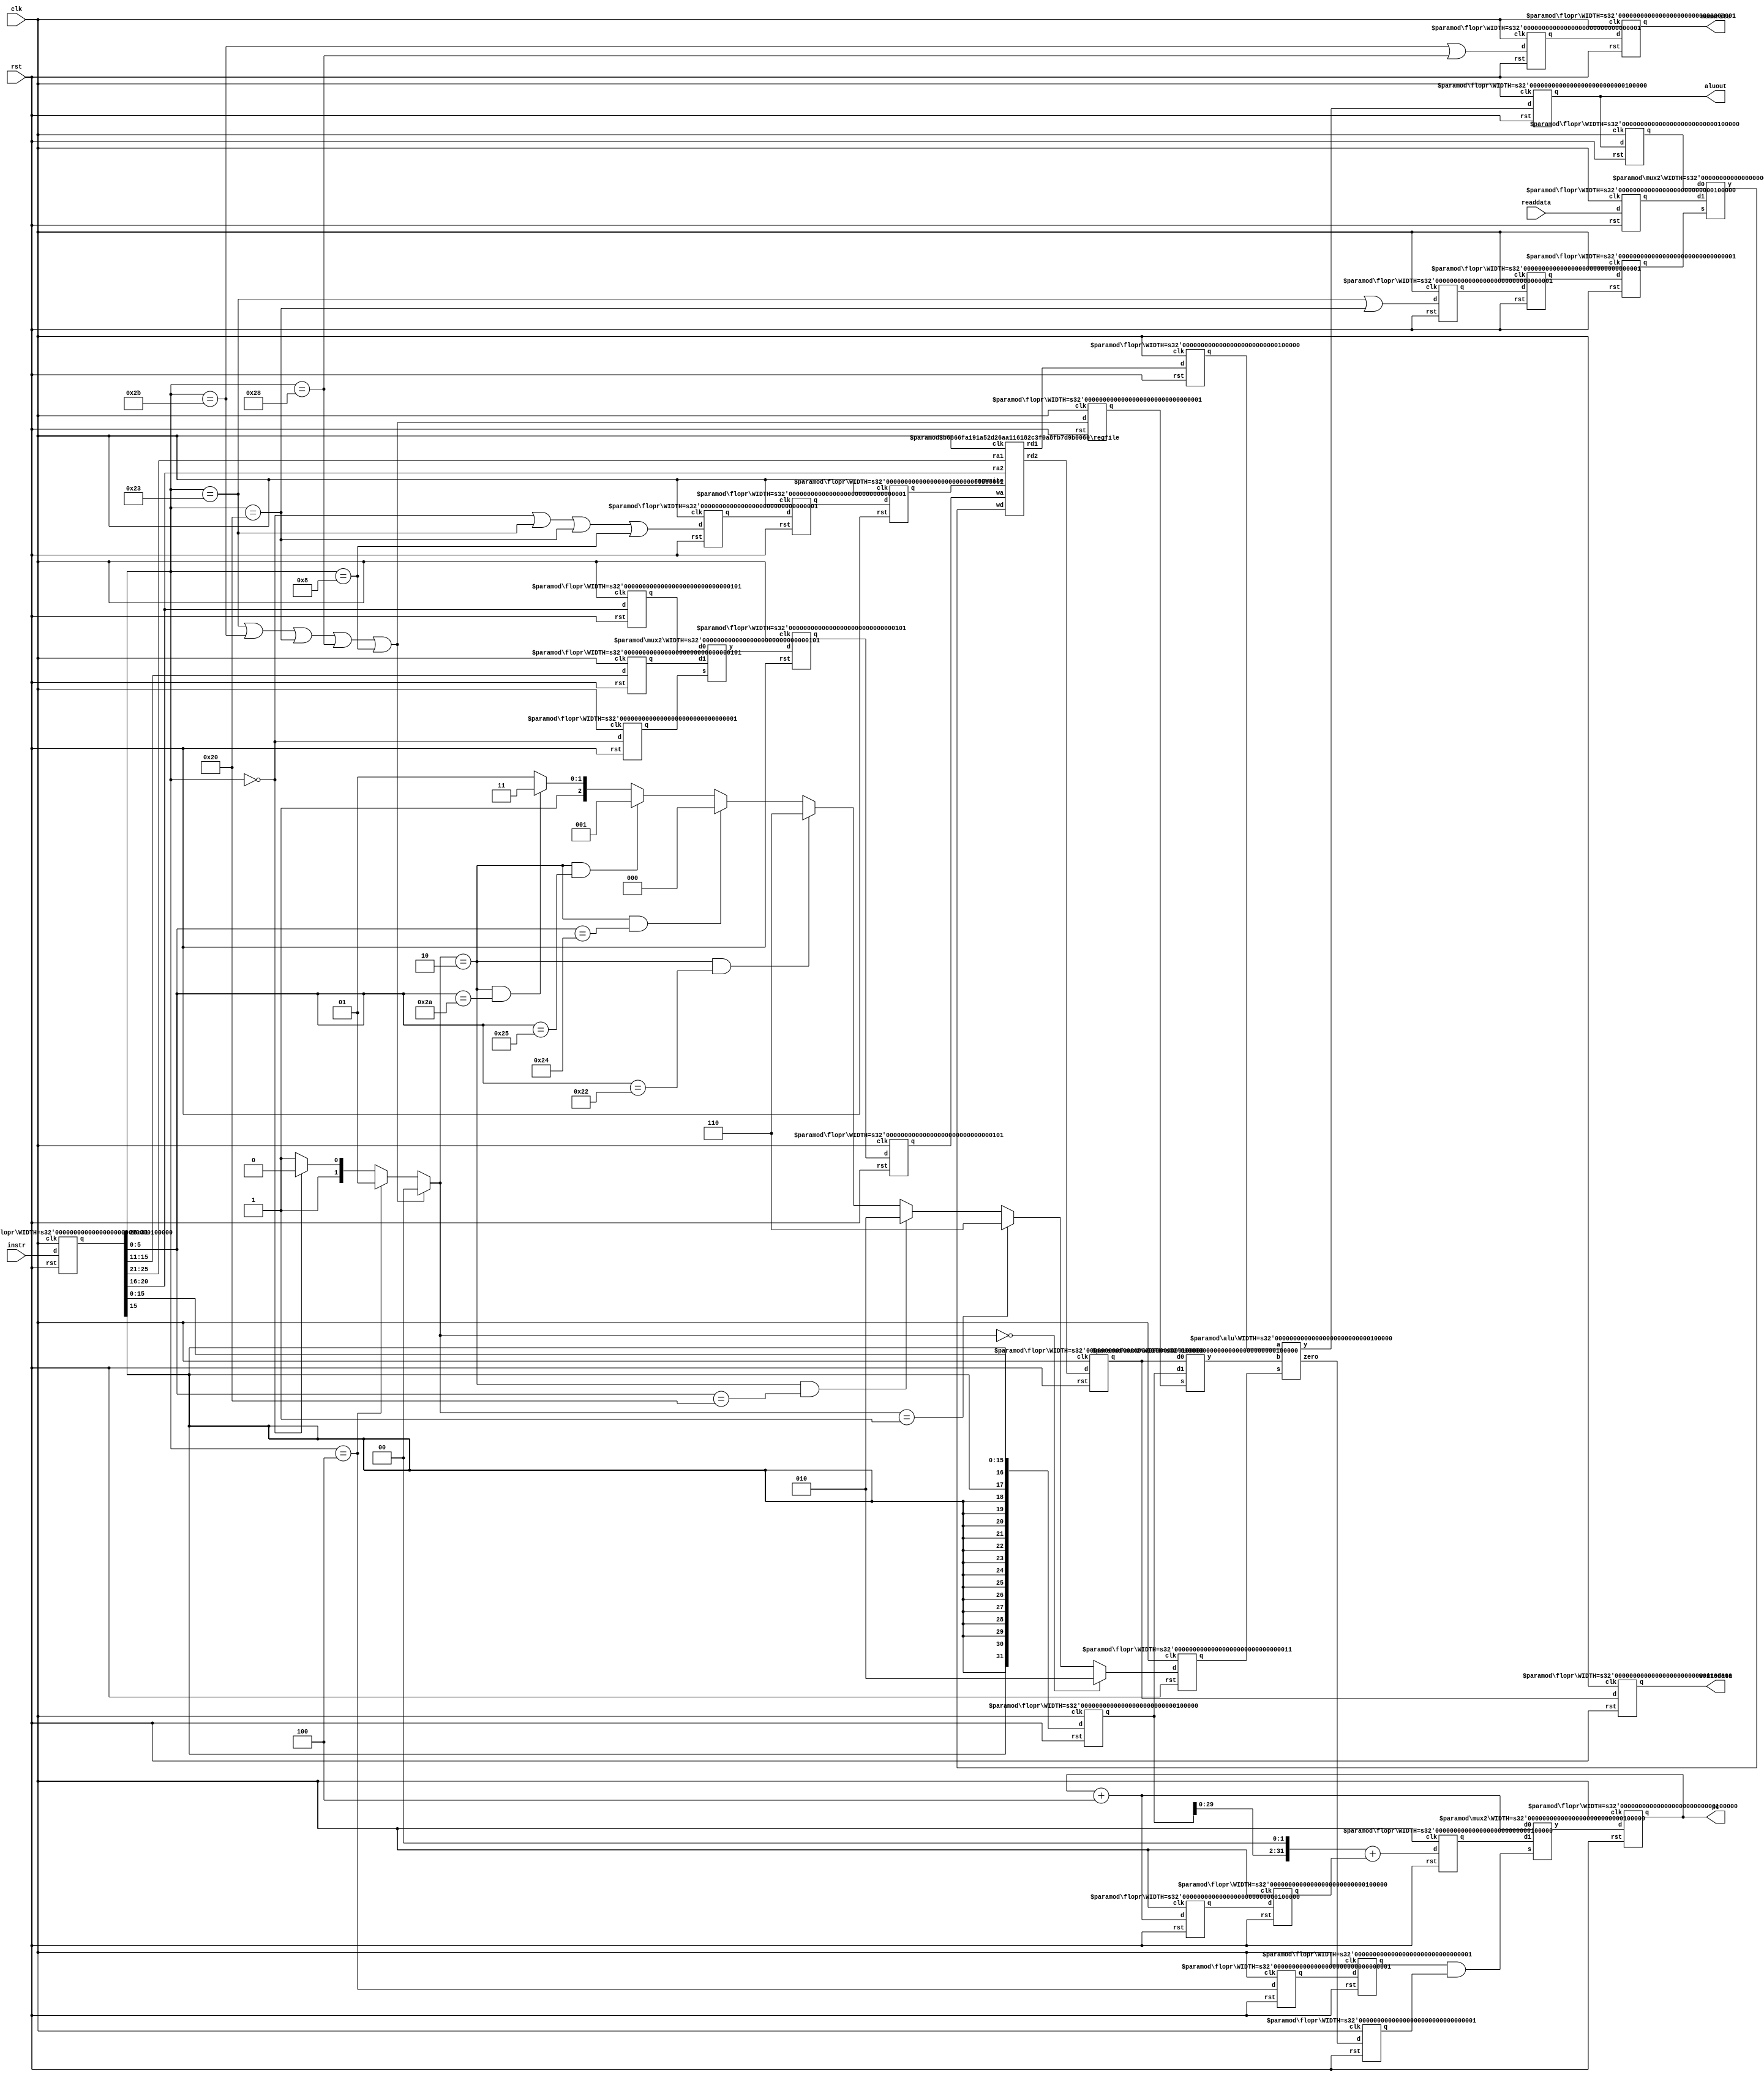

/* mips-nohazard.v */

`define ALU_ADD     3'b010
`define ALU_SUB     3'b110
`define ALU_AND     3'b000
`define ALU_OR      3'b001
`define ALU_SLT     3'b111
`define ALU_NOP     3'b101

module mips #(parameter WIDTH = 32, REGBITS = 5)
            (input              clk,
             input              rst,
             output [WIDTH-1:0] pc,
             input  [WIDTH-1:0] instr,
             output [WIDTH-1:0] aluout,
             output [WIDTH-1:0] writedata,
             output             memwrite,
             input  [WIDTH-1:0] readdata);
    
    localparam OPCODEW   = 6;
    localparam SHAMTW    = 5;
    localparam FUNCTW    = 6;
    localparam IMMW      = 16;

    localparam OP_RTYPE  = 6'b000000;
    localparam OP_LB     = 6'b100000;
    localparam OP_SB     = 6'b101000;
    localparam OP_LW     = 6'b100011;
    localparam OP_SW     = 6'b101011;
    localparam OP_BEQ    = 6'b000100;
    localparam OP_ADDI   = 6'b001000;
    localparam OP_J      = 6'b000010;

    localparam FUNCT_ADD = 6'b100000;
    localparam FUNCT_SUB = 6'b100010;
    localparam FUNCT_AND = 6'b100100;
    localparam FUNCT_OR  = 6'b100101;
    localparam FUNCT_SLT = 6'b101010;

    /*
     * F stage: Instruction Fetch stage
     * D stage: Instruction Decode stage
     * E stage: Execution stage
     * M stage: Memory stage
     * W stage: Write back stage
     */

    /*
     * F stage: Instruction fetch stage
     */
    wire [WIDTH-1:0] pcbranch_m;
    wire             pcsrc_m;

    wire [WIDTH-1:0] pcplus4_f;
    wire [WIDTH-1:0] pcnext;

    wire [WIDTH-1:0] instr_d;
    wire [WIDTH-1:0] pcplus4_d;
    
    assign pcplus4_f = pc + 4;

    mux2  #(WIDTH) pc_mux(pcplus4_f, pcbranch_m, pcsrc_m, pcnext);
    flopr #(WIDTH) pc_flop(clk, rst, pcnext, pc);

    /* Transfer to D stage */
    flopr #(WIDTH) instr_d_flop(clk, rst, instr, instr_d);
    flopr #(WIDTH) pcplus4_d_flop(clk, rst, pcplus4_f, pcplus4_d);

    /*
     * D stage: Instruction Decode stage
     */
    wire [OPCODEW-1:0] opcode_d;
    wire [REGBITS-1:0] rs_d;
    wire [REGBITS-1:0] rt_d;
    wire [REGBITS-1:0] rd_d;
    wire [SHAMTW-1:0]  shamt_d;
    wire [FUNCTW-1:0]  funct_d;
    wire [IMMW-1:0]    imm_d;
    wire [WIDTH-1:0]   signimm_d;
    
    /* Decompose instruction */
    assign { opcode_d, rs_d, rt_d, rd_d, shamt_d, funct_d } = instr_d;
    assign imm_d = instr_d[IMMW-1:0];
    assign signimm_d = {{(WIDTH-IMMW){imm_d[IMMW-1]}}, imm_d};
    
    /* Register file output */
    wire               regwrite_w;
    wire [REGBITS-1:0] writereg_w;
    wire [WIDTH-1:0]   result_w;

    wire [WIDTH-1:0]   rd1_d;
    wire [WIDTH-1:0]   rd2_d;
    
    regfile #(WIDTH, REGBITS) rfile(clk, regwrite_w, rs_d, rt_d,
                                    writereg_w, result_w,
                                    rd1_d, rd2_d);
    
    /* Transfer to E stage */
    wire [WIDTH-1:0]   rd1_e;
    wire [WIDTH-1:0]   rd2_e;
    wire [REGBITS-1:0] rt_e;
    wire [REGBITS-1:0] rd_e;
    wire [WIDTH-1:0]   signimm_e;
    wire [WIDTH-1:0]   pcplus4_e;

    flopr #(WIDTH)   rd1_e_flop(clk, rst, rd1_d, rd1_e);
    flopr #(WIDTH)   rd2_e_flop(clk, rst, rd2_d, rd2_e);
    flopr #(REGBITS) rt_e_flop(clk, rst, rt_d, rt_e);
    flopr #(REGBITS) rd_e_flop(clk, rst, rd_d, rd_e);
    flopr #(WIDTH)   signimm_e_flop(clk, rst, signimm_d, signimm_e);

    flopr #(WIDTH)   pcplus4_e_flop(clk, rst, pcplus4_d, pcplus4_e);

    /* Controller output */
    assign op_rtype_d = (opcode_d == OP_RTYPE);
    assign op_lb_d    = (opcode_d == OP_LB);
    assign op_sb_d    = (opcode_d == OP_SB);
    assign op_lw_d    = (opcode_d == OP_LW);
    assign op_sw_d    = (opcode_d == OP_SW);
    assign op_beq_d   = (opcode_d == OP_BEQ);
    assign op_addi_d  = (opcode_d == OP_ADDI);
    assign op_j_d     = (opcode_d == OP_J);

    assign funct_add_d = (funct_d == FUNCT_ADD);
    assign funct_sub_d = (funct_d == FUNCT_SUB);
    assign funct_and_d = (funct_d == FUNCT_AND);
    assign funct_or_d  = (funct_d == FUNCT_OR);
    assign funct_slt_d = (funct_d == FUNCT_SLT);

    wire [1:0] aluop_d;
    wire [2:0] alucontrol_d;

    assign regwrite_d   = op_rtype_d | op_lw_d | op_lb_d | op_addi_d;
    assign memtoreg_d   = op_lw_d | op_lb_d;
    assign memwrite_d   = op_sw_d | op_sb_d;
    assign branch_d     = op_beq_d;
    assign alusrc_d     = op_lw_d | op_sw_d | op_lb_d | op_sb_d | op_addi_d;
    assign regdst_d     = op_rtype_d;

    assign aluop_d      = (op_lw_d | op_sw_d | op_lb_d | op_sb_d | op_addi_d) ? 2'b00 :
                          (op_beq_d) ? 2'b01 :
                          (op_rtype_d) ? 2'b10 : 2'b11;
    assign alucontrol_d = (aluop_d == 2'b00) ? `ALU_ADD :
                          (aluop_d == 2'b01) ? `ALU_SUB :
                          (aluop_d == 2'b10 && funct_add_d) ? `ALU_ADD :
                          (aluop_d == 2'b10 && funct_sub_d) ? `ALU_SUB :
                          (aluop_d == 2'b10 && funct_and_d) ? `ALU_AND :
                          (aluop_d == 2'b10 && funct_or_d)  ? `ALU_OR  :
                          (aluop_d == 2'b10 && funct_slt_d) ? `ALU_SLT : `ALU_NOP;
    
    /* Transfer to E stage */
    wire       regwrite_e;
    wire       memtoreg_e;
    wire       memwrite_e;
    wire       branch_e;
    wire       alusrc_e;
    wire       regdst_e;
    wire [2:0] alucontrol_e;

    flopr #(1) regwrite_e_flop(clk, rst, regwrite_d, regwrite_e);
    flopr #(1) memtoreg_e_flop(clk, rst, memtoreg_d, memtoreg_e);
    flopr #(1) memwrite_e_flop(clk, rst, memwrite_d, memwrite_e);
    flopr #(1) branch_e_flop(clk, rst, branch_d, branch_e);
    flopr #(1) alusrc_e_flop(clk, rst, alusrc_d, alusrc_e);
    flopr #(1) regdst_e_flop(clk, rst, regdst_d, regdst_e);
    flopr #(3) alucontrol_e_flop(clk, rst, alucontrol_d, alucontrol_e);

    /*
     * E stage: Execution stage
     */
    wire [WIDTH-1:0]   srca_e;
    wire [WIDTH-1:0]   srcb_e;
    wire [REGBITS-1:0] writereg_e;
    wire [WIDTH-1:0]   pcbranch_e;
    wire [WIDTH-1:0]   aluout_e;
    wire               zero_e;
    wire [WIDTH-1:0]   writedata_e;

    assign srca_e      = rd1_e;
    assign pcbranch_e  = {signimm_e[WIDTH-3:0],2'b00} + pcplus4_e;
    assign writedata_e = rd2_e;

    mux2 #(WIDTH)   srcb_e_mux(rd2_e, signimm_e, alusrc_e, srcb_e);
    mux2 #(REGBITS) writereg_e_mux(rt_e, rd_e, regdst_e, writereg_e);
    alu  #(WIDTH)   alu0(srca_e, srcb_e, alucontrol_e, aluout_e, zero_e);

    /* Transfer to M stage */
    wire               regwrite_m;
    wire               memtoreg_m;
    wire               memwrite_m;
    wire               branch_m;
    wire               zero_m;
    wire [WIDTH-1:0]   aluout_m;
    wire [WIDTH-1:0]   writedata_m;
    wire [REGBITS-1:0] writereg_m;
    
    flopr #(1)       regwrite_m_flop(clk, rst, regwrite_e, regwrite_m);
    flopr #(1)       memtoreg_m_flop(clk, rst, memtoreg_e, memtoreg_m);
    flopr #(1)       memwrite_m_flop(clk, rst, memwrite_e, memwrite_m);
    flopr #(1)       branch_m_flop(clk, rst, branch_e, branch_m);
    flopr #(1)       zero_m_flop(clk, rst, zero_e, zero_m);
    flopr #(WIDTH)   aluout_m_flop(clk, rst, aluout_e, aluout_m);
    flopr #(WIDTH)   writedata_m_flop(clk, rst, writedata_e, writedata_m);
    flopr #(REGBITS) writereg_m_flop(clk, rst, writereg_e, writereg_m);
    flopr #(WIDTH)   pcbranch_m_flop(clk, rst, pcbranch_e, pcbranch_m);

    /*
     * M stage: Memory stage
     */
    assign pcsrc_m = branch_m & zero_m;

    /* Data memory */
    wire [WIDTH-1:0] readdata_m;

    assign aluout     = aluout_m;
    assign writedata  = writedata_m;
    assign memwrite   = memwrite_m;
    assign readdata_m = readdata;

    /* Transfer to W stage */
    wire             memtoreg_w;
    wire [WIDTH-1:0] aluout_w;
    wire [WIDTH-1:0] readdata_w;

    flopr #(1)       regwrite_w_flop(clk, rst, regwrite_m, regwrite_w);
    flopr #(1)       memtoreg_w_flop(clk, rst, memtoreg_m, memtoreg_w);
    flopr #(WIDTH)   aluout_w_flop(clk, rst, aluout_m, aluout_w);
    flopr #(WIDTH)   readdata_w_flop(clk, rst, readdata_m, readdata_w);
    flopr #(REGBITS) writereg_w_flop(clk, rst, writereg_m, writereg_w);

    /*
     * W stage: Write back stage
     */
    mux2 #(WIDTH) result_w_mux(aluout_w, readdata_w, memtoreg_w, result_w);

endmodule

module imem #(parameter WIDTH = 32, IMEMBITS = 16, IMEMDEPTH = 14)
             (input  [IMEMBITS-1:0] addr,
              output [WIDTH-1:0]    rd);

    reg [WIDTH-1:0] mem[0:(1<<IMEMDEPTH)-1];

    assign rd = mem[addr[IMEMBITS-1:(IMEMBITS-IMEMDEPTH)]];

    initial begin
        $readmemh("imem.dat", mem);
    end

endmodule

module dmem #(parameter WIDTH = 32, DMEMBITS = 16, DMEMDEPTH = 14)
             (input                 clk,
              input                 memwrite,
              input  [DMEMBITS-1:0] addr,
              output [WIDTH-1:0]    rd,
              input  [WIDTH-1:0]    wd);

    reg [WIDTH-1:0] mem[0:(1<<DMEMDEPTH)-1];

    assign rd = mem[addr[DMEMBITS-1:(DMEMBITS-DMEMDEPTH)]];

    always @(posedge clk) begin
        if (memwrite)
            mem[addr[DMEMBITS-1:(DMEMBITS-DMEMDEPTH)]] <= wd;
    end
    
    initial begin
        $readmemh("dmem.dat", mem);
    end

endmodule

module alu #(parameter WIDTH = 32)
            (input  [WIDTH-1:0] a,
             input  [WIDTH-1:0] b,
             input  [2:0]       s,
             output [WIDTH-1:0] y,
             output             zero);
    
    assign y = (s == `ALU_ADD) ? a + b :
               (s == `ALU_SUB) ? a - b :
               (s == `ALU_AND) ? a & b :
               (s == `ALU_OR)  ? a | b :
               (s == `ALU_SLT) ? ((a < b) ? 1 : 0) : 0;

    assign zero = (y == 0);

endmodule

module regfile #(parameter WIDTH = 32, REGBITS = 5)
                (input                clk,
                 input                regwrite,
                 input  [REGBITS-1:0] ra1,
                 input  [REGBITS-1:0] ra2,
                 input  [REGBITS-1:0] wa,
                 input  [WIDTH-1:0]   wd,
                 output [WIDTH-1:0]   rd1,
                 output [WIDTH-1:0]   rd2);
    
    reg [WIDTH-1:0] rf[0:(1<<REGBITS)-1];

    assign rd1 = (|ra1 == 0) ? 0 : rf[ra1];
    assign rd2 = (|ra2 == 0) ? 0 : rf[ra2];

    always @(negedge clk) begin
        if (regwrite)
            rf[wa] <= wd;
    end

endmodule

module flop #(parameter WIDTH = 32)
             (input                  clk,
              input      [WIDTH-1:0] d,
              output reg [WIDTH-1:0] q);

    always @(posedge clk) begin
        q <= d;
    end

endmodule

module flopr #(parameter WIDTH = 32)
              (input                  clk,
               input                  rst,
               input      [WIDTH-1:0] d,
               output reg [WIDTH-1:0] q);

    always @(posedge clk) begin
        if (rst)
            q <= 0;
        else
            q <= d;
    end

endmodule

module mux2 #(parameter WIDTH = 32)
             (input  [WIDTH-1:0] d0,
              input  [WIDTH-1:0] d1,
              input              s,
              output [WIDTH-1:0] y);

    assign y = s ? d1 : d0;

endmodule

module mux4 #(parameter WIDTH = 32)
             (input  [WIDTH-1:0] d0,
              input  [WIDTH-1:0] d1,
              input  [WIDTH-1:0] d2,
              input  [WIDTH-1:0] d3,
              input  [1:0]       s,
              output [WIDTH-1:0] y);
    
    assign y = (s == 2'b00) ? d0 :
               (s == 2'b01) ? d1 :
               (s == 2'b10) ? d2 : d3;

endmodule